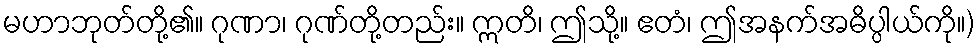
မဟာဘုတ်တို့၏။ ဂုဏာ၊ ဂုဏ်တို့တည်း။ ဣတိ၊ ဤသို့။ ဧတံ၊ ဤအနက်အဓိပ္ပါယ်ကို။)